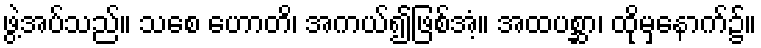
ဖွဲ့အပ်သည်။ သစေ ဟောတိ၊ အကယ်၍ဖြစ်အံ့။ အထပစ္ဆာ၊ ထိုမှနောက်၌။